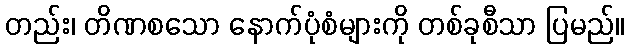
တည်း၊ တိဏစသော နောက်ပုံစံများကို တစ်ခုစီသာ ပြမည်။